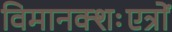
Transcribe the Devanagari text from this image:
विमानक्शःएत्रों